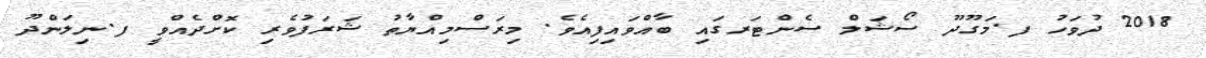
2018 ދުވަހު ފ.މަގޫދޫ ސޯޝަލް ސެންޓަރގައި ބާއްވައިފިއެވެ. މިރަސްމިއްޔާތު ޝަރަފުވެރި ކޮށްދެއްވީ ފ.ނިލަންދޫ